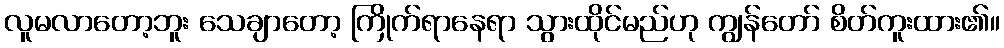
လူမလာတော့ဘူး သေချာတော့ ကြိုက်ရာနေရာ သွားထိုင်မည်ဟု ကျွန်တော် စိတ်ကူးထား၏။